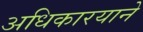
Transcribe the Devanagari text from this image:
अधिकारयाने